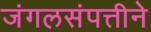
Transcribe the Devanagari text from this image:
जंगलसंपत्तीने